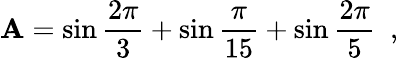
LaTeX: \mathbf{A}=\sin\frac{{2\pi}}{{3}}+\sin\frac{{\pi}}{{15}}+\sin\frac{{2\pi}}{{5}}\, \, \, ,